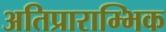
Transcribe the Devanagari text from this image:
अतिप्राराम्भिक